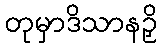
တုမှာဒိသာနဉှိ